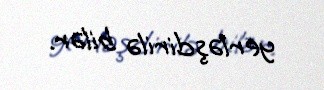
yerləşdirilə bilər.